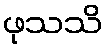
ဖုသသိ